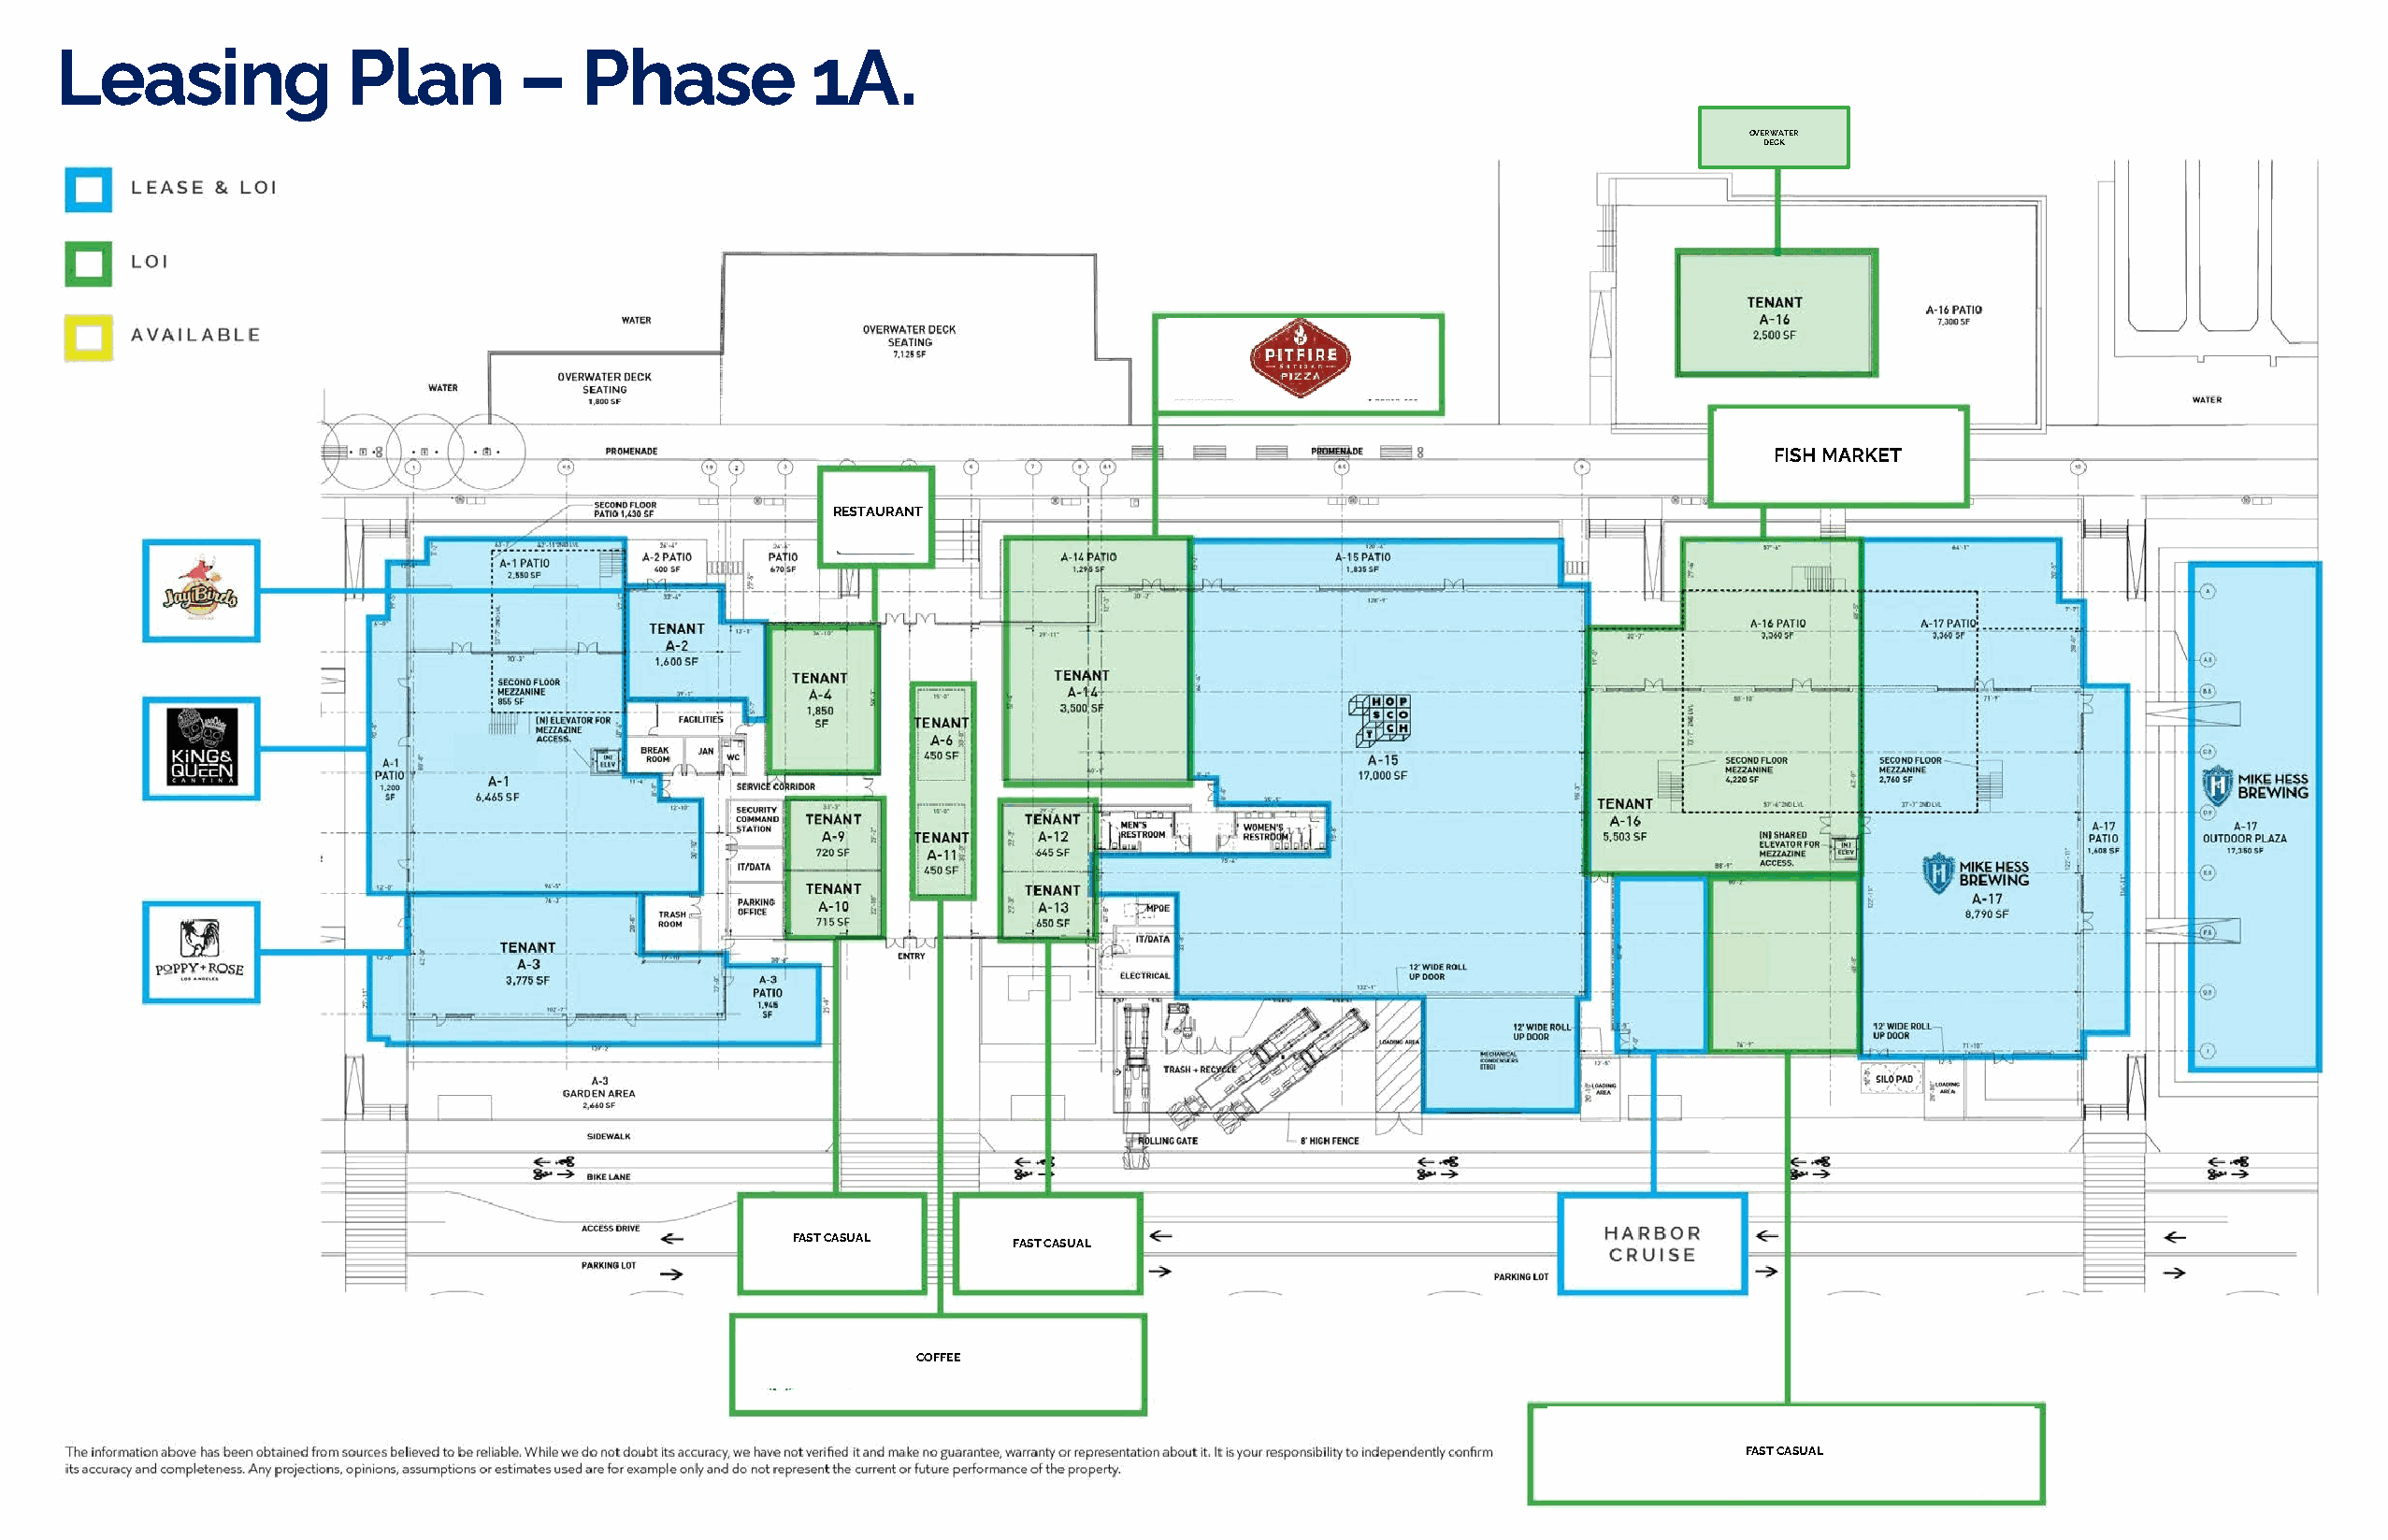
Leasing              Plan        –   Phase           1A.
 OVERWATER
 DECK
 FISH MARKET
 RESTAURANT
 FAST CASUAL
 FAST CASUAL
 COFFEE
 FAST CASUAL